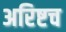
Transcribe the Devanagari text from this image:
अरिष्टच